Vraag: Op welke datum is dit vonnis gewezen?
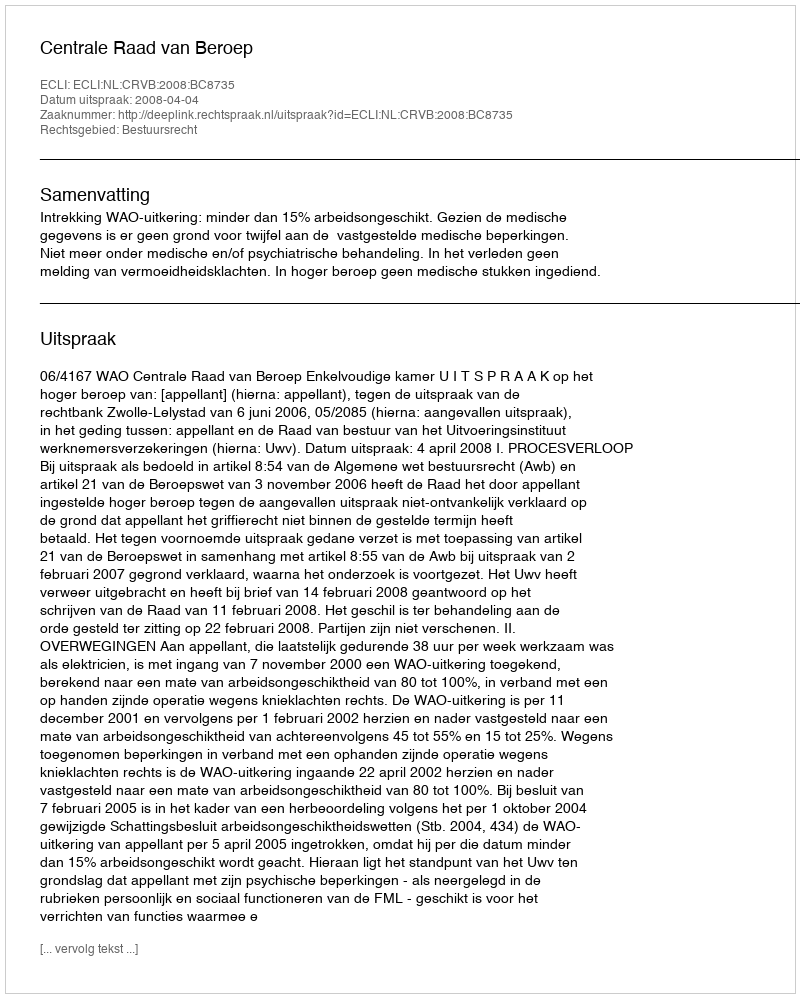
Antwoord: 2008-04-04